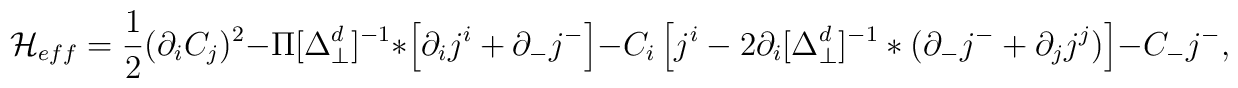
{\cal H}_{eff}  =  \frac 1 2 (\partial_i C_j)^2 - \Pi[\Delta_\perp^d]^{-1}* \left[\partial_i j^{i} + \partial_{-}j^{-} \right] - C_i \left[j^i - 2\partial_i[\Delta_\perp^d]^{-1}*(\partial_{-}j^{-} + \partial_j j^j) \right] - C_{-} j^{-},